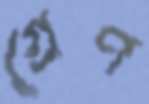
গ্রেণ